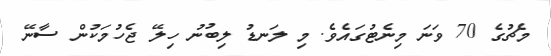
މެޗުގެ 70 ވަނަ މިނެޓުގައެވެ. މި ލަނޑު ލިބުނު ހިލޭ ޖެހުމަކުން ސާނޭ